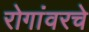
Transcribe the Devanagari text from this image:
रोगांवरचे